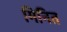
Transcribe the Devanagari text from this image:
मिनित